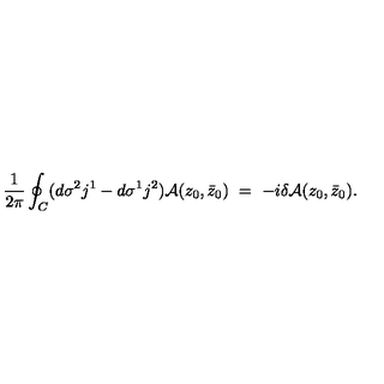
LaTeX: \frac { 1 } { 2 \pi } \oint _ { C } ( d \sigma ^ { 2 } j ^ { 1 } - d \sigma ^ { 1 } j ^ { 2 } ) { \cal A } ( z _ { 0 } , \bar { z } _ { 0 } ) \ = \ - i \delta { \cal A } ( z _ { 0 } , \bar { z } _ { 0 } ) .